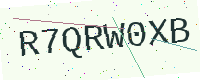
Text: R7QRW0XB